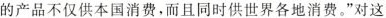
的产品不仅供本国消费，而且同时供世界各地消费。”对这